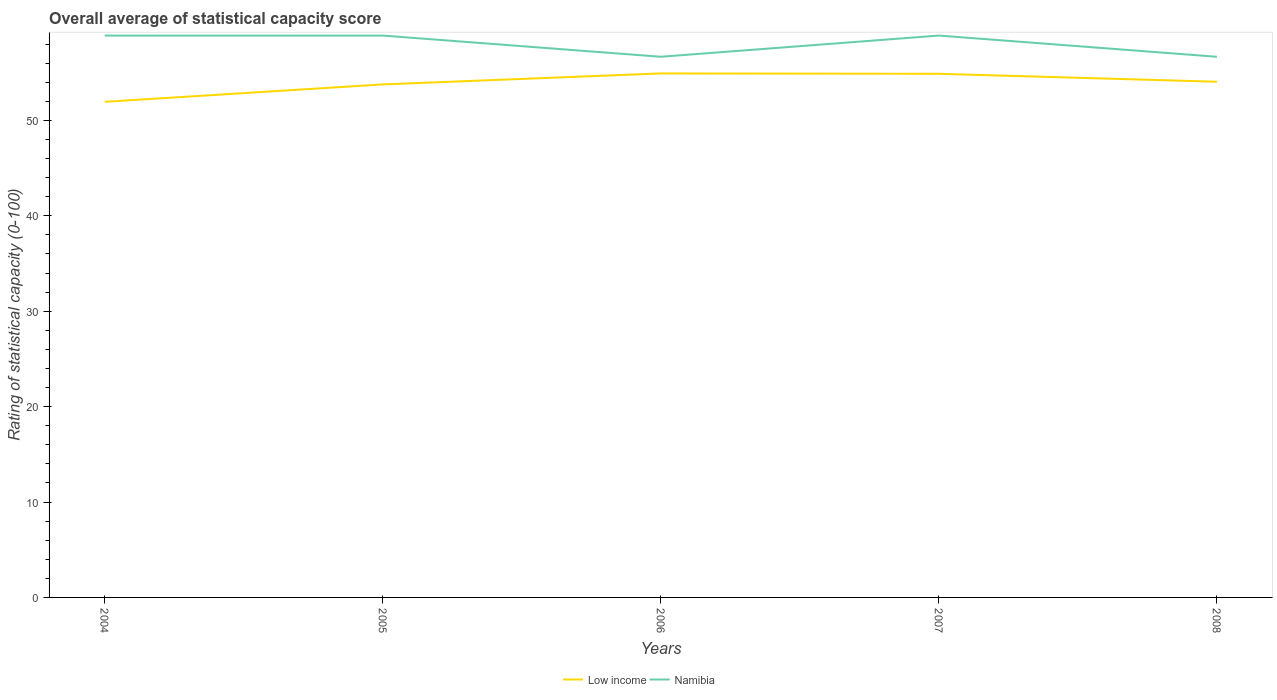
| Years | Low income | Namibia |
 | --- | --- | --- |
 | 2004 | 51.9 | 58.9 |
 | 2005 | 53.8 | 58.9 |
 | 2006 | 54.9 | 56.7 |
 | 2007 | 54.9 | 58.9 |
 | 2008 | 54 | 56.7 |